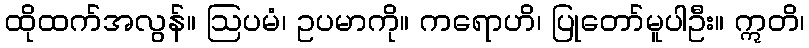
ထိုထက်အလွန်။ ဩပမံ၊ ဥပမာကို။ ကရောဟိ၊ ပြုတော်မူပါဦး။ ဣတိ၊